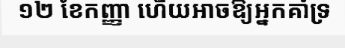
១២ ខែកញ្ញា ហើយអាចឱ្យអ្នកគាំទ្រ